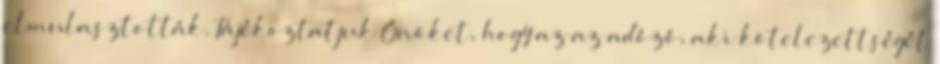
elmulasztották. Tájékoztatjuk Önöket, hogy az az adózó, aki kötelezettségét